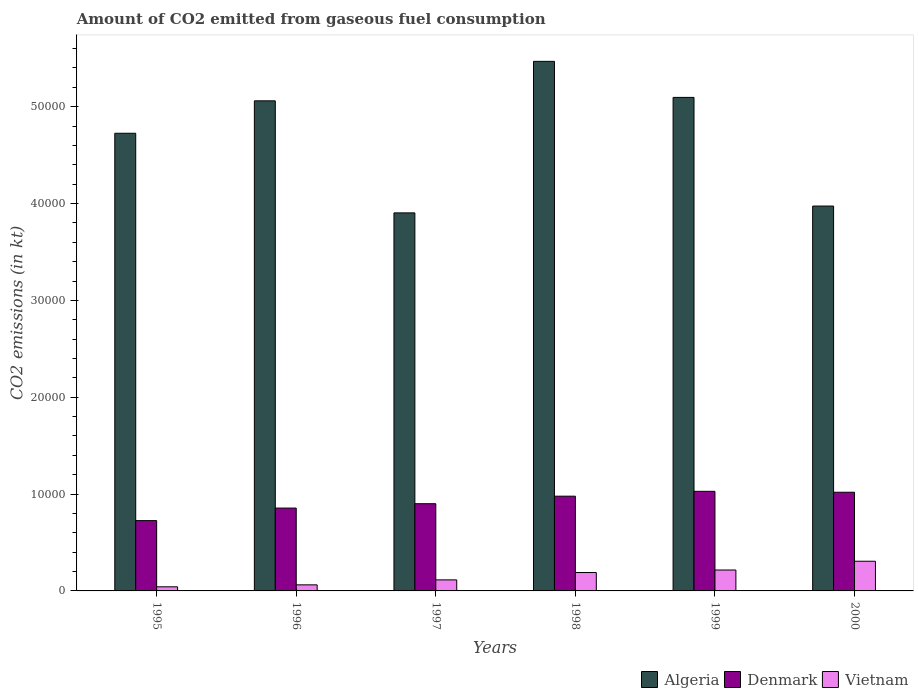
| Years | Algeria | Denmark | Vietnam |
 | --- | --- | --- | --- |
 | 1995 | 4.73e+04 | 7.26e+03 | 425 |
 | 1996 | 5.06e+04 | 8.56e+03 | 627 |
 | 1997 | 3.9e+04 | 9.01e+03 | 1.14e+03 |
 | 1998 | 5.47e+04 | 9.78e+03 | 1.9e+03 |
 | 1999 | 5.1e+04 | 1.03e+04 | 2.16e+03 |
 | 2000 | 3.97e+04 | 1.02e+04 | 3.07e+03 |